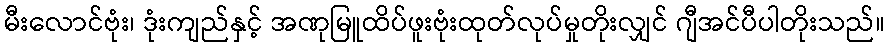
မီးလောင်ဗုံး၊ ဒုံးကျည်နှင့် အဏုမြူထိပ်ဖူးဗုံးထုတ်လုပ်မှုတိုးလျှင် ဂျီအင်ပီပါတိုးသည်။